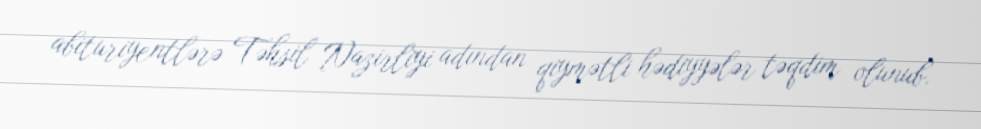
abituriyentlərə Təhsil Nazirliyi adından qiymətli hədiyyələr təqdim olunub.